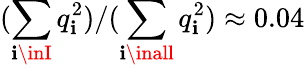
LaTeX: (\sum_{\mathbf{i}\inI}q_{\mathbf{i}}^{2})/(\sum_{\mathbf{i}\inall}q_{\mathbf{i}}^{2})\approx0.04